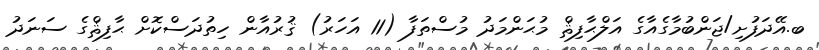
ބ.އޭދަފުށި/ޖަންބުމާގެއާގެ އަލްޙާފިޘް މުޙަންމަދު މުސްތަފާ (11 އަހަރު) ޤުރުއާން ހިތުދަސްކޮށް ޙާފިޘްގެ ސަނަދު